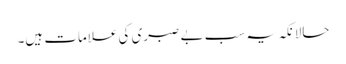
حالانکہ یہ سب بے صبری کی علامات ہیں۔